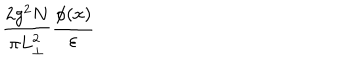
\frac { 2 g ^ { 2 } N } { \pi L _ { \perp } ^ { 2 } } \frac { \phi ( x ) } { \varepsilon }